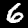
Digit: 6